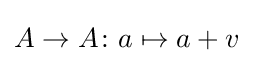
A\to A\colon a\mapsto a+v